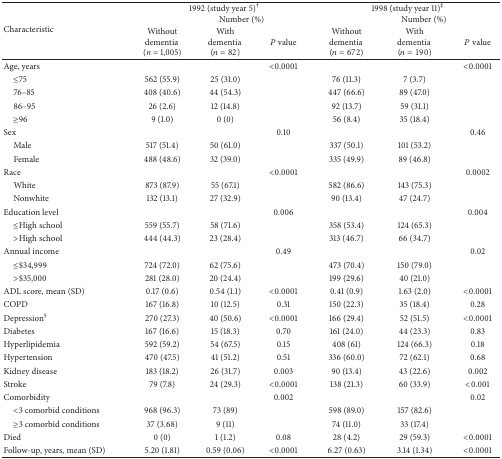
<table><thead><tr><td rowspan="2"><b>Characteristic</b></td><td colspan="3"><b>1992 (study year 5)<sup>†</sup> Number (%)</b></td><td colspan="3"><b>1998 (study year 11)<sup>‡</sup> Number (%)</b></td></tr><tr><td><b>Without dementia(<i>n</i> = 1,005)</b></td><td><b>With dementia(<i>n</i> = 82)</b></td><td><b><i>P</i> value</b></td><td><b>Without dementia(<i>n</i> = 672)</b></td><td><b>With dementia(<i>n</i> = 190)</b></td><td><b><i>P</i> value</b></td></tr></thead><tbody><tr><td>Age, years </td><td> </td><td> </td><td>&lt;0.0001</td><td> </td><td> </td><td>&lt;0.0001</td></tr><tr><td> ≤75</td><td> 562 (55.9)</td><td> 25 (31.0)</td><td> </td><td> 76 (11.3)</td><td> 7 (3.7)</td><td> </td></tr><tr><td> 76–85</td><td> 408 (40.6)</td><td> 44 (54.3)</td><td> </td><td> 447 (66.6)</td><td> 89 (47.0)</td><td> </td></tr><tr><td> 86–95</td><td> 26 (2.6)</td><td> 12 (14.8)</td><td> </td><td> 92 (13.7)</td><td> 59 (31.1)</td><td> </td></tr><tr><td> ≥96</td><td> 9 (1.0)</td><td> 0 (0)</td><td> </td><td> 56 (8.4)</td><td> 35 (18.4)</td><td> </td></tr><tr><td>Sex </td><td> </td><td> </td><td> 0.10</td><td> </td><td> </td><td> 0.46</td></tr><tr><td> Male</td><td> 517 (51.4)</td><td> 50 (61.0)</td><td> </td><td> 337 (50.1)</td><td> 101 (53.2)</td><td> </td></tr><tr><td> Female</td><td>488 (48.6)</td><td> 32 (39.0)</td><td> </td><td>335 (49.9)</td><td> 89 (46.8)</td><td> </td></tr><tr><td>Race </td><td> </td><td> </td><td>&lt;0.0001</td><td> </td><td> </td><td> 0.0002</td></tr><tr><td> White</td><td> 873 (87.9)</td><td> 55 (67.1)</td><td> </td><td> 582 (86.6)</td><td> 143 (75.3)</td><td> </td></tr><tr><td> Nonwhite </td><td> 132 (13.1)</td><td> 27 (32.9)</td><td> </td><td> 90 (13.4)</td><td> 47 (24.7)</td><td> </td></tr><tr><td>Education level</td><td> </td><td> </td><td> 0.006</td><td> </td><td> </td><td> 0.004</td></tr><tr><td> ≤High school </td><td> 559 (55.7)</td><td> 58 (71.6)</td><td> </td><td> 358 (53.4)</td><td> 124 (65.3)</td><td> </td></tr><tr><td> &gt;High school</td><td> 444 (44.3)</td><td> 23 (28.4)</td><td> </td><td> 313 (46.7)</td><td> 66 (34.7)</td><td> </td></tr><tr><td>Annual income</td><td> </td><td> </td><td> 0.49</td><td> </td><td> </td><td> 0.02</td></tr><tr><td> ≤$34,999</td><td> 724 (72.0)</td><td> 62 (75.6)</td><td> </td><td> 473 (70.4)</td><td> 150 (79.0)</td><td> </td></tr><tr><td> &gt;$35,000</td><td> 281 (28.0)</td><td> 20 (24.4)</td><td> </td><td> 199 (29.6)</td><td> 40 (21.0)</td><td> </td></tr><tr><td>ADL score, mean (SD)</td><td>0.17 (0.6)</td><td>0.54 (1.1)</td><td>&lt;0.0001</td><td>0.41 (0.9)</td><td>1.63 (2.0)</td><td>&lt;0.0001</td></tr><tr><td>COPD</td><td> 167 (16.8)</td><td> 10 (12.5)</td><td> 0.31</td><td> 150 (22.3)</td><td> 35 (18.4)</td><td> 0.28</td></tr><tr><td>Depression<sup>§</sup></td><td> 270 (27.3)</td><td> 40 (50.6)</td><td>&lt;0.0001</td><td> 166 (29.4)</td><td> 52 (51.5)</td><td>&lt;0.0001</td></tr><tr><td>Diabetes</td><td> 167 (16.6)</td><td> 15 (18.3)</td><td> 0.70</td><td> 161 (24.0)</td><td> 44 (23.3)</td><td> 0.83</td></tr><tr><td>Hyperlipidemia</td><td> 592 (59.2)</td><td> 54 (67.5)</td><td> 0.15</td><td> 408 (61)</td><td> 124 (66.3)</td><td> 0.18</td></tr><tr><td>Hypertension</td><td> 470 (47.5)</td><td> 41 (51.2)</td><td> 0.51</td><td> 336 (60.0)</td><td> 72 (62.1)</td><td> 0.68</td></tr><tr><td>Kidney disease</td><td> 183 (18.2)</td><td> 26 (31.7)</td><td> 0.003</td><td> 90 (13.4)</td><td> 43 (22.6)</td><td> 0.002</td></tr><tr><td>Stroke</td><td> 79 (7.8)</td><td> 24 (29.3)</td><td>&lt;0.0001</td><td>138 (21.3)</td><td> 60 (33.9)</td><td> &lt;0.001</td></tr><tr><td>Comorbidity </td><td> </td><td> </td><td> 0.002</td><td> </td><td> </td><td> 0.02</td></tr><tr><td> &lt;3 comorbid conditions</td><td>968 (96.3)</td><td> 73 (89)</td><td> </td><td>598 (89.0)</td><td> 157 (82.6)</td><td> </td></tr><tr><td> ≥3 comorbid conditions</td><td> 37 (3.68)</td><td> 9 (11)</td><td> </td><td> 74 (11.0)</td><td> 33 (17.4)</td><td> </td></tr><tr><td>Died </td><td> 0 (0)</td><td> 1 (1.2)</td><td> 0.08</td><td> 28 (4.2)</td><td> 29 (59.3)</td><td>&lt;0.0001</td></tr><tr><td>Follow-up, years, mean (SD)</td><td>5.20 (1.81)</td><td>0.59 (0.06)</td><td>&lt;0.0001</td><td>6.27 (0.63)</td><td>3.14 (1.34)</td><td>&lt;0.0001</td></tr></tbody></table>